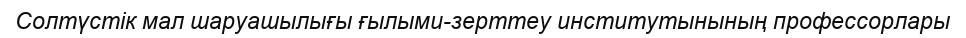
Солтүстік мал шаруашылығы ғылыми-зерттеу институтынының профессорлары